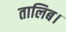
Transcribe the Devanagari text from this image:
तालिब।